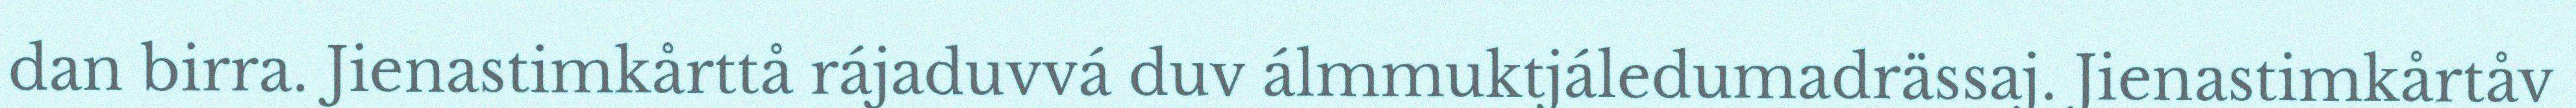
dan birra. Jienastimkårttå rájaduvvá duv álmmuktjáledumadrässaj. Jienastimkårtåv